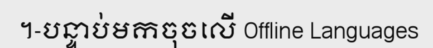
។-បន្ទាប់មកចុចលើ Offline Languages